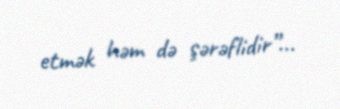
etmək həm də şərəflidir”...